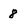
Character: 8